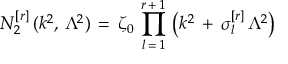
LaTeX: N _ { 2 } ^ { [ r ] } \, ( k ^ { 2 } , \, \Lambda ^ { 2 } ) \, = \, \zeta _ { 0 } \, \prod _ { l \, = \, 1 } ^ { r \, + \, 1 } \, \left( k ^ { 2 } \, + \, \sigma _ { l } ^ { [ r ] } \, \Lambda ^ { 2 } \right)